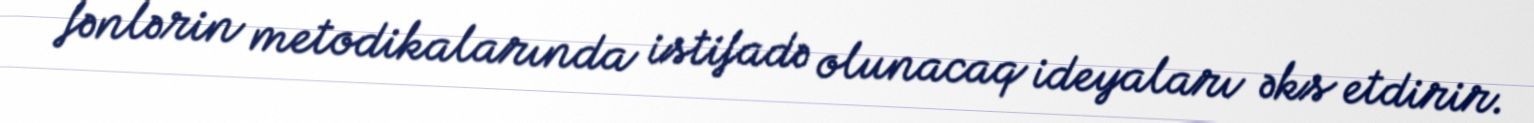
fənlərin metodikalarında istifadə olunacaq ideyaları əks etdirir.